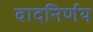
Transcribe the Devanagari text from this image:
वादनिर्णय